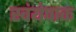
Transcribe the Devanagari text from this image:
स्वंयंपाक